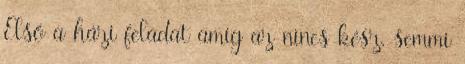
Első a házi feladat amíg az nincs kész, semmi